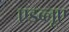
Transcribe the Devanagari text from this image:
एडब्लूए